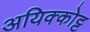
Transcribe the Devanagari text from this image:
अयिक्कोट्ट